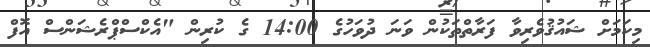
މިކަމަށް ޝައުޤުވެރިވާ ފަރާތްތަކުން ވަނަ ދުވަހުގެ 14:00 ގެ ކުރިން "އެކްސްޕްރެޝަންސް އޮފް